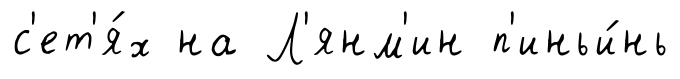
с'ет'я́х на Л'янм'ин п'иньи́нь